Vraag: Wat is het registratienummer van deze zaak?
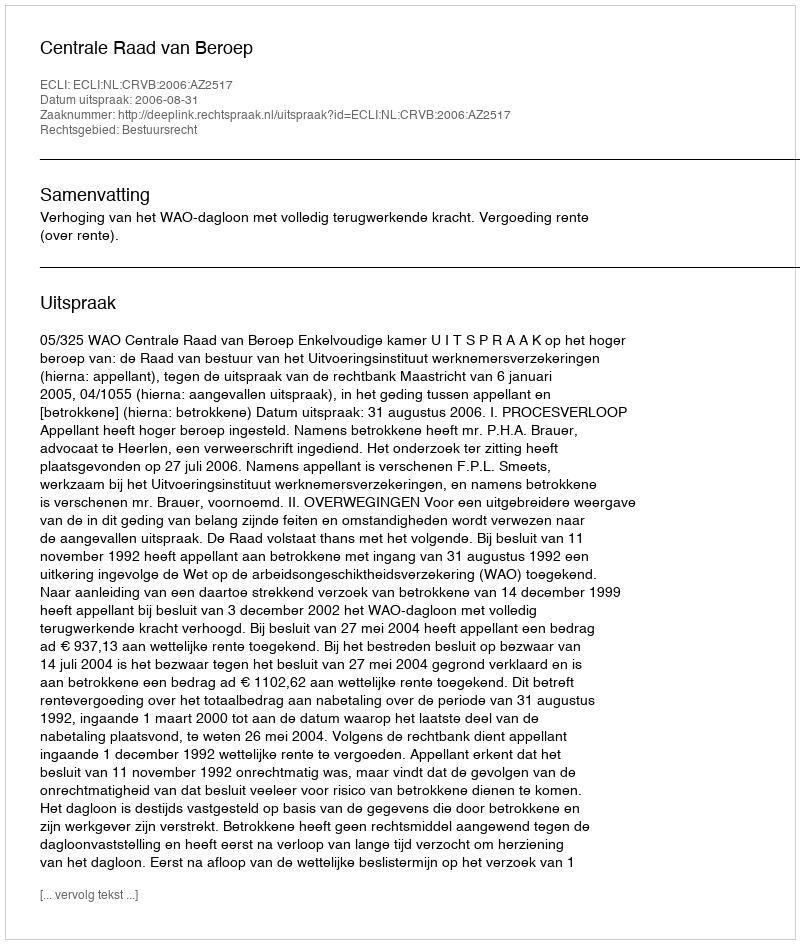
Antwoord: http://deeplink.rechtspraak.nl/uitspraak?id=ECLI:NL:CRVB:2006:AZ2517